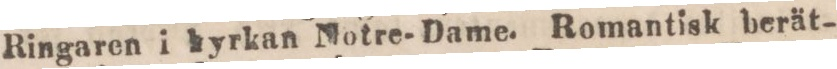
Ringaren i kyrkan Notre-Dame. Romantisk berät-